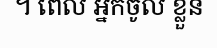
។ ពេល អ្នកចូល ខ្លួន